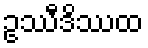
ဥဿီဒိဿထ